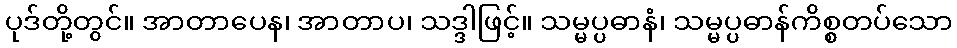
ပုဒ်တို့တွင်။ အာတာပေန၊ အာတာပ၊ သဒ္ဒါဖြင့်။ သမ္မပ္ပဓာနံ၊ သမ္မပ္ပဓာန်ကိစ္စတပ်သော